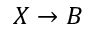
X \rightarrow B